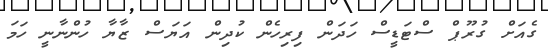
ގެއަށް ގުރޫޕް ސްޓަޑީސް ހަދަން ފިރިހެން ކުދިން އަޔަސް ޒާޔާ ހުންނާނީ ހަމަ